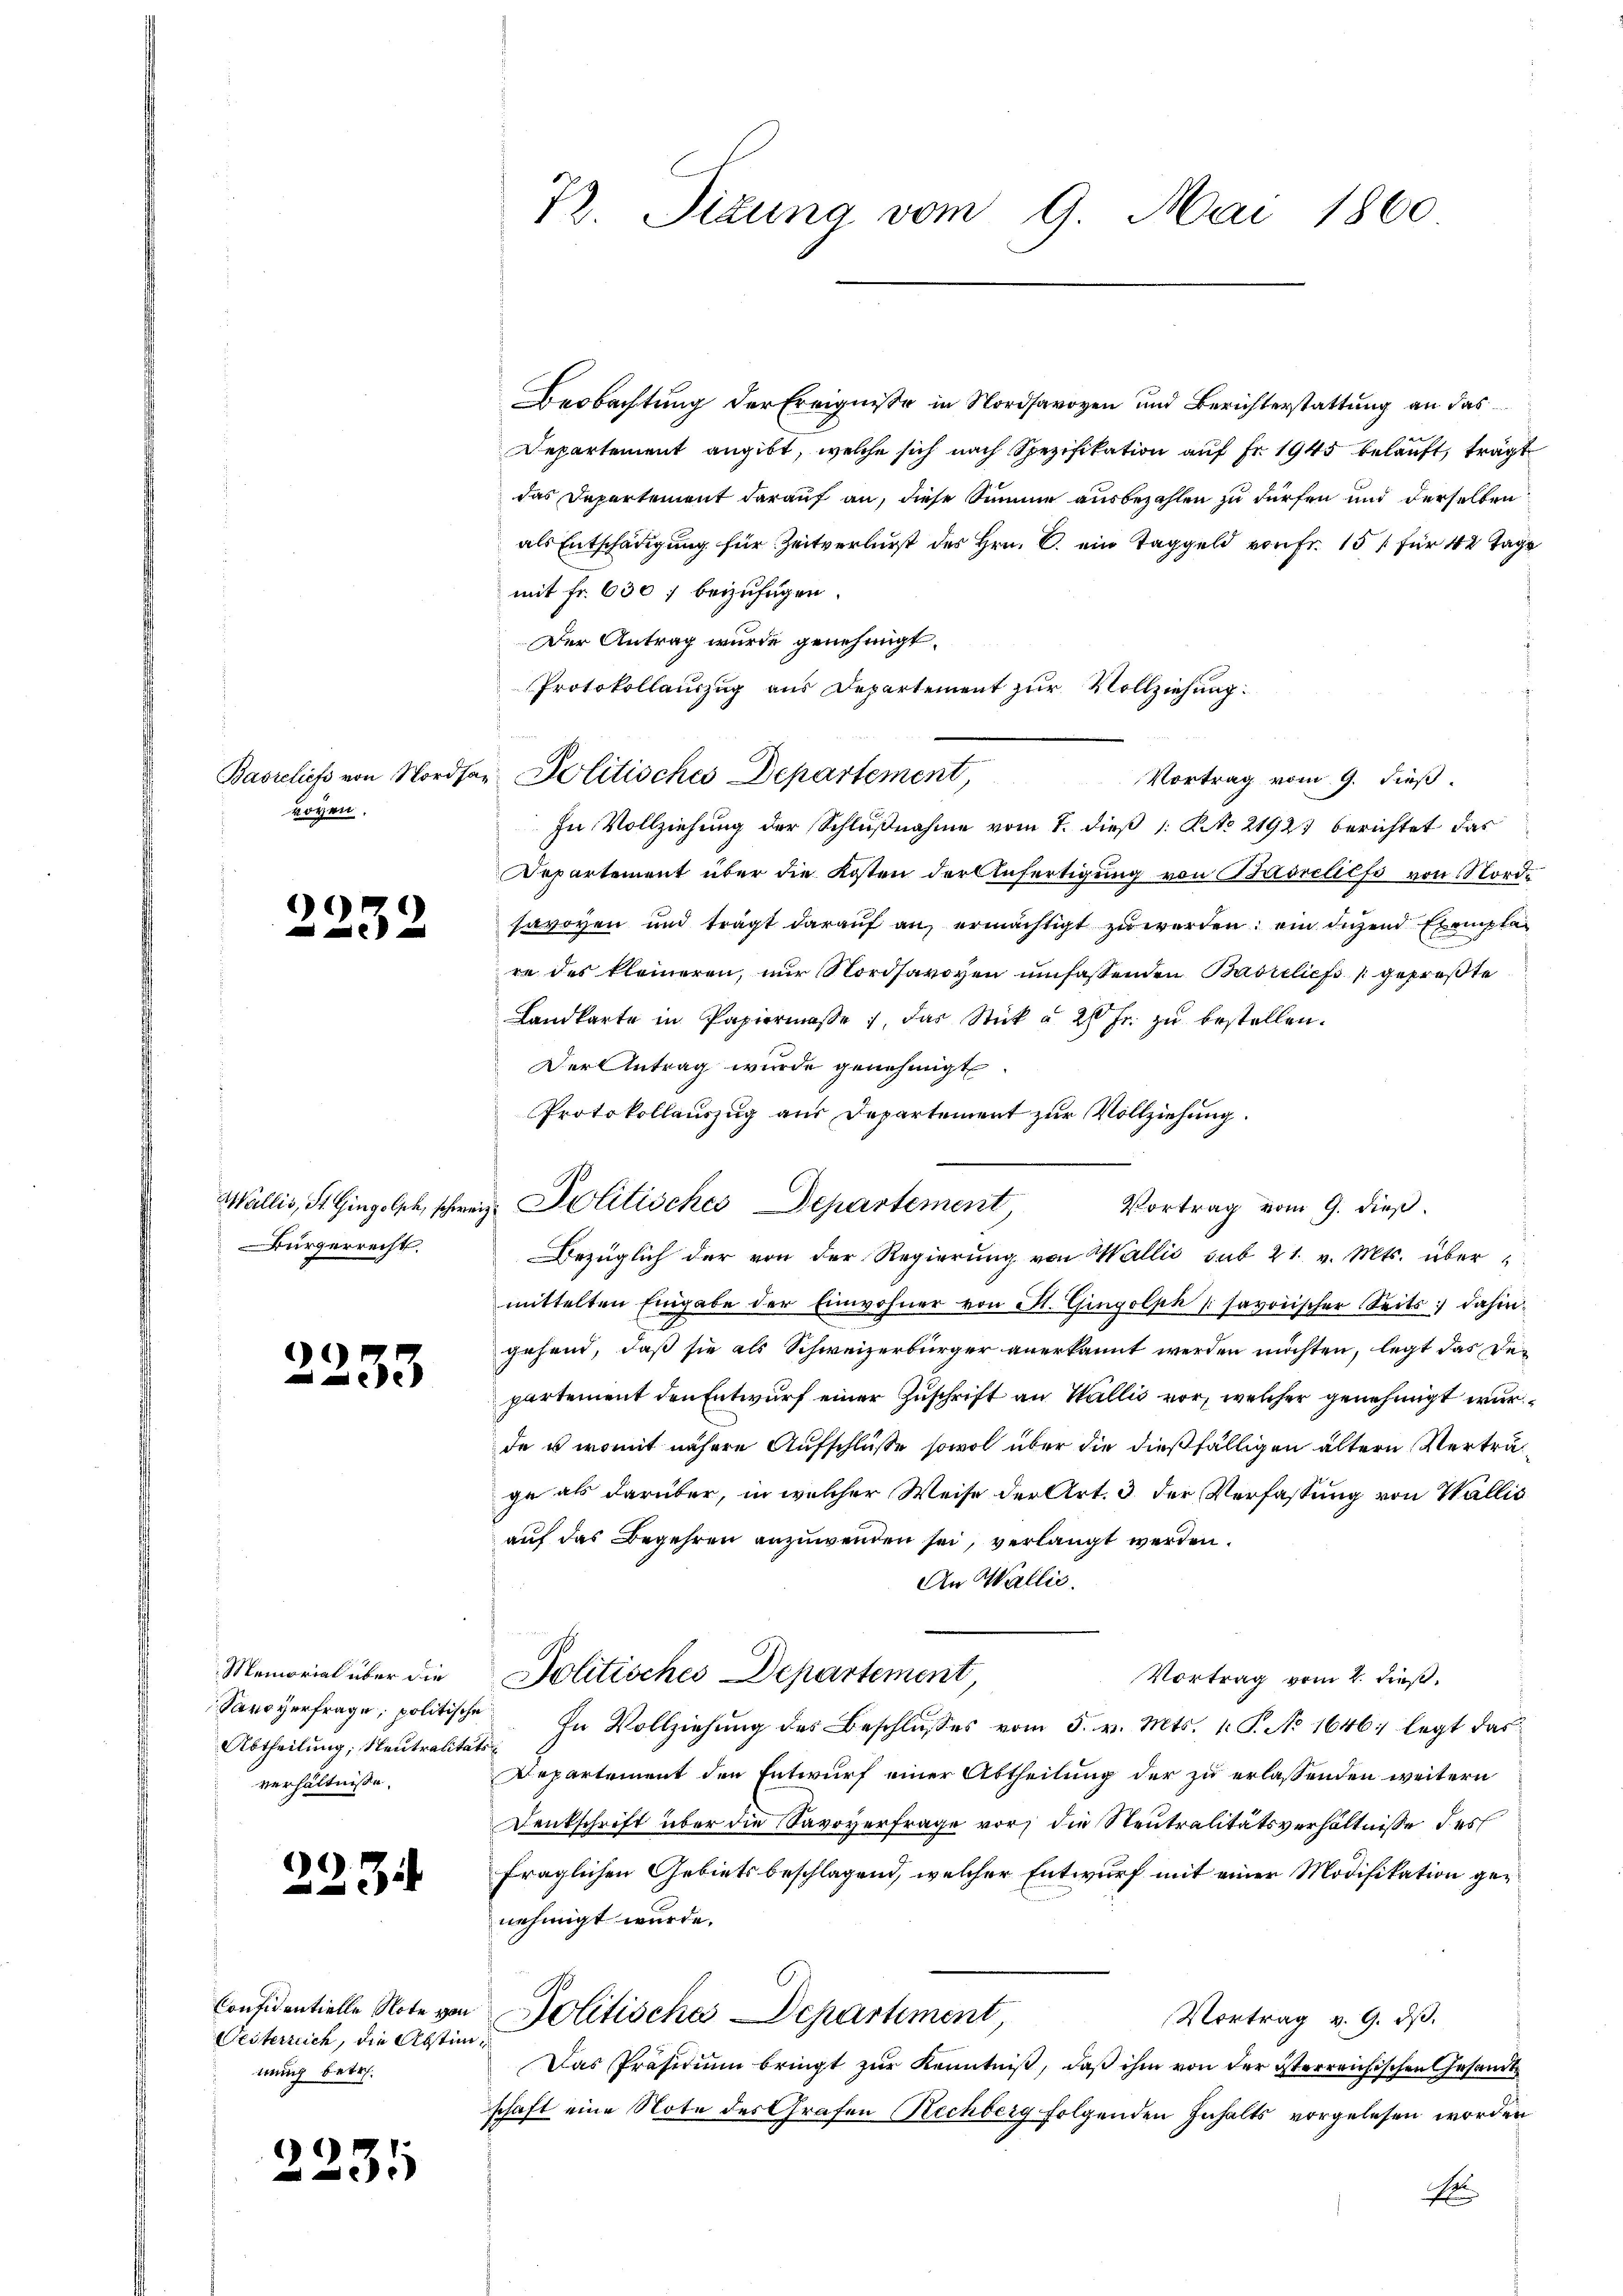
roven.

2232

Wallis, St. Gingolsch, schwei
ürgerrecht.

2233

Memorial über die
Savoyerfrage, politische
Abtheilung; Neutralitä
verhältnisse.

)
4

Confidentielle Note von
Gesterreich, die Abstinmung betr.

2231

72. Sizung vom 9. Mai 1860

Beobachtung der Ereigniße in Nordsavoyen und Berichterstattung an das
Departement angibt, welche sich nach Spezifikation auf Fr. 1945 belauft, trägt
das Departement darauf an, diese Summe ausbezahlen zu dürfen und derselben
als Entschädigung für Zeitverlurst des Hrn. C. ein Taggeld von Fr. 151 für 42 Tage
mit Fr. 630 f beizufügen
Der Antrag wurde genehmigt.
Protokollauszug aus Departement zur Vollziehung:
In Vollziehung der Schlußnahme vom 7. dieß (: No 21927 berichtet das
Departement über die Kosten der Anfertigŭng von Basreliefe von Nordsavoyen und trägt darauf an, ermächtigt zu werden; ein diesend Exemplare des kleineren, nur Nordsavoyen umfassenden Basreliefs gepreßte
Landkarte in Papiermasse, das Stück u. 20 fr. zŭ bestellen.
Der Antrag wurde genehmigt.
Protokollauszug aus Departement zur Vollziehung.
. Politisches Departement
Bezüglich der von der Regierung von Wallis sub 21. v. Mts. über-
mittelten Eingabe der Einwohner von M. Gingolph / savoyischer Seits dahin-
gehend, daß sie als Schweizerbürger anerkannt werden möchten, legt das Departement den Entwurf einer Zuschrift an Wallis vor, welcher genehmigt wurde es womit nähere Aufschlüße sowol über die dießfälligen ältern Verträge als darüber, in welcher Weise der Art. 3 der Verfassung von Wallis
auf das Begehren anzuwenden sei, verlangt werden.
An Wallis.
Politisches Departement
Vortrag vom 2. dieß.
In Vollziehung des Beschlusses vom 5. v. Mts. 1. P. No 1646; legt das
d
Repartement den Entwurf einer Abtheilung der zu erlassenden weitern
Denkschrift über die Savoyerfrage vor, die Neutralitätsverhältnisse des
fraglichen Gebietsbeschlagend, welcher Entwurf mit einer Modifikation genehmigt wurde.
Politische Departiment,
Vortrag v. 9. dβ.
¬
Das Präsidiŭm bringt zŭr Kenntniβ, daβ ihm von der österreichischen Gesandt
schaft eine Note des Grafen Rechberg folgenden Inhalts vorgelesen worden
A

Basreliefs von Nordsa- Politisches Departement

Vortrag vom 9. dieß.

Vortrag vom 9. dieß.